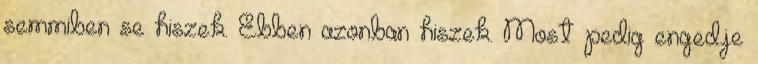
semmiben se hiszek. Ebben azonban hiszek. Most pedig engedje